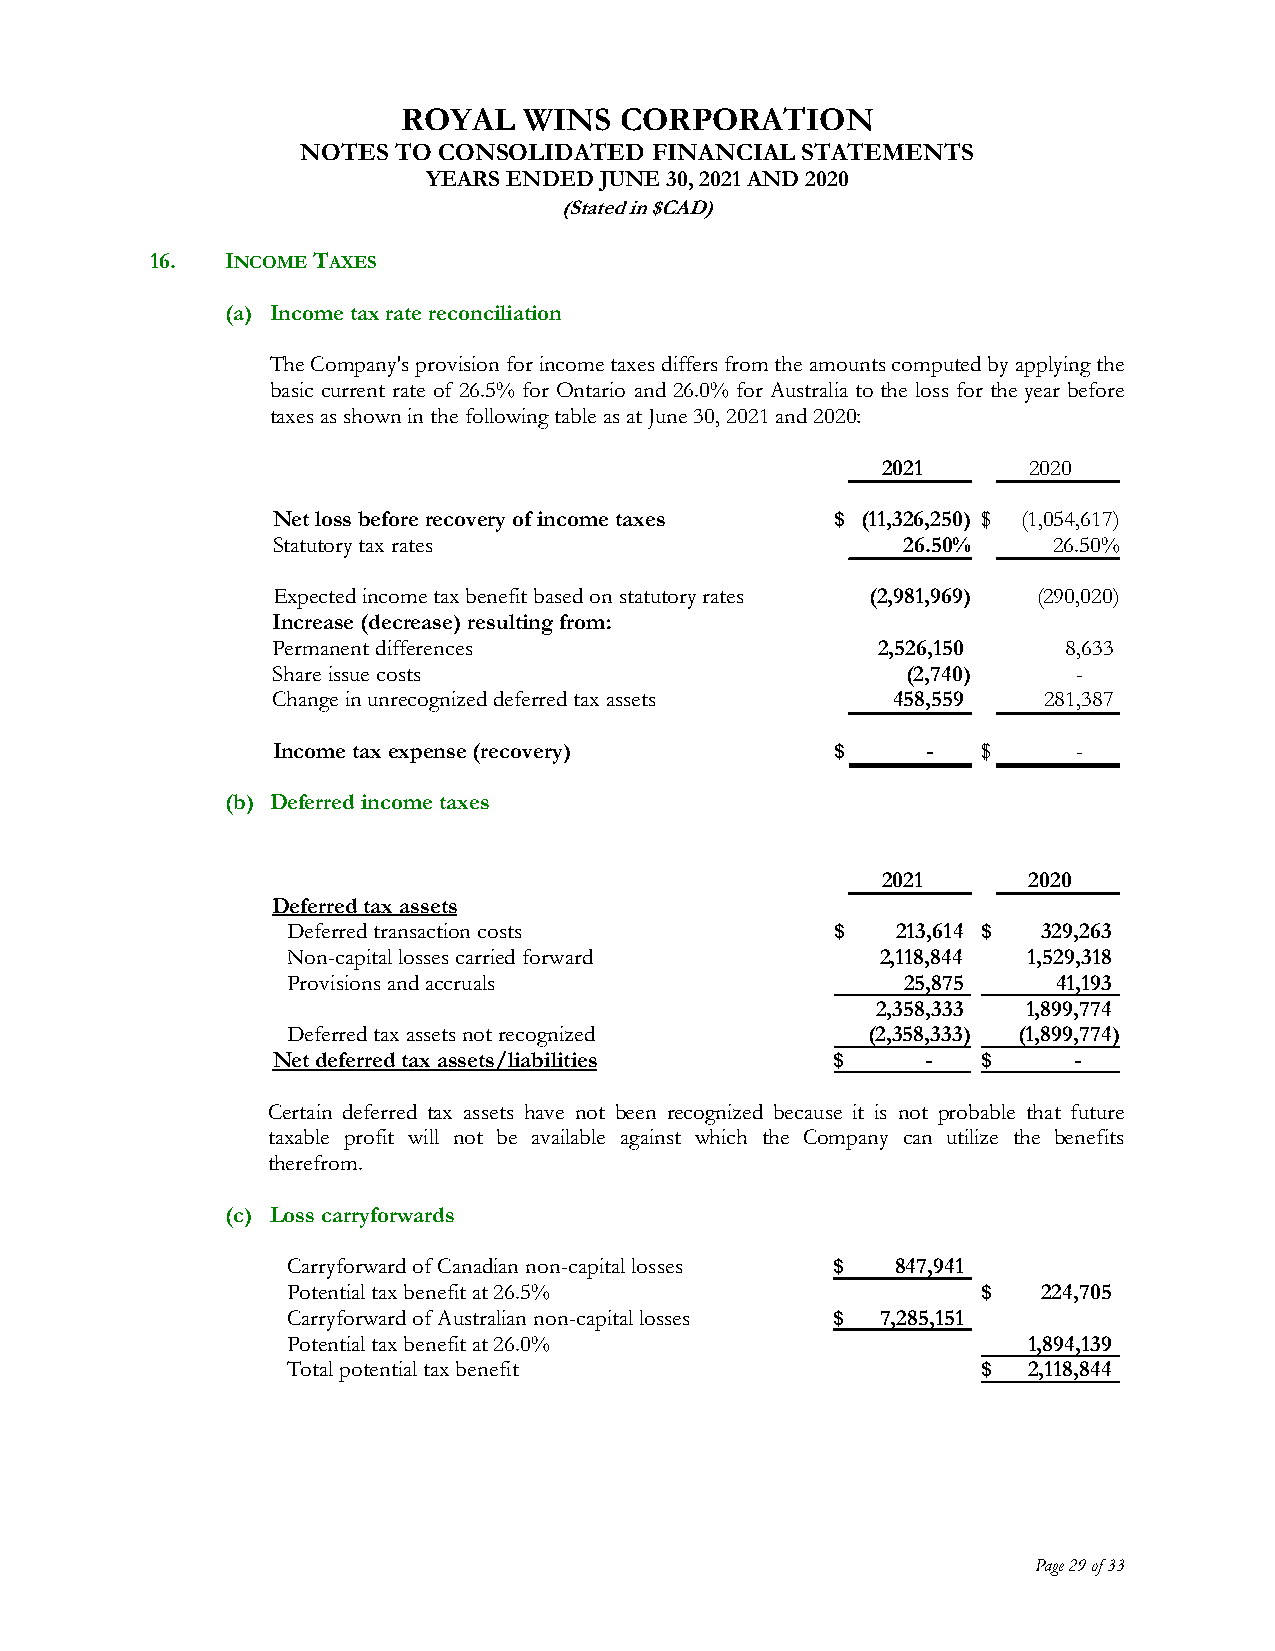
ROYAL   WINS  CORPORATION
 NOTES TO CONSOLIDATED  FINANCIAL STATEMENTS
 YEARS ENDED JUNE 30, 2021 AND 2020
 (Stated in $CAD)
 16.  INCOME TAXES
 (a) Income tax rate reconciliation
 The Company's provision for income taxes differs from the amounts computed by applying the
 basic current rate of 26.5% for Ontario and 26.0% for Australia to the loss for the year before
 taxes as shown in the following table as at June 30, 2021 and 2020:
 2021      2020
 Net loss before recovery of income taxes $ (11,326,250) $ (1,054,617)
 Statutory tax rates                       26.50%    26.50%
 Expected income tax benefit based on statutory rates (2,981,969) (290,020)
 Increase (decrease) resulting from:
 Permanent differences                   2,526,150    8,633
 Share issue costs                         (2,740)    -
 Change in unrecognized deferred tax assets 458,559 281,387
 Income tax expense (recovery)        $     -   $     -
 (b) Deferred income taxes
 2021      2020
 Deferred tax assets
 Deferred transaction costs          $   213,614 $ 329,263
 Non-capital losses carried forward     2,118,844 1,529,318
 Provisions and accruals                  25,875    41,193
 2,358,333 1,899,774
 Deferred tax assets not recognized    (2,358,333) (1,899,774)
 Net deferred tax assets/liabilities  $     -   $     -
 Certain deferred tax assets have not been recognized because it is not probable that future
 taxable profit will not be available against which the Company can utilize the benefits
 therefrom.
 (c) Loss carryforwards
 Carryforward of Canadian non-capital losses $ 847,941
 Potential tax benefit at 26.5%                $   224,705
 Carryforward of Australian non-capital losses $ 7,285,151
 Potential tax benefit at 26.0%                   1,894,139
 Total potential tax benefit                   $  2,118,844
 Page 29 of 33